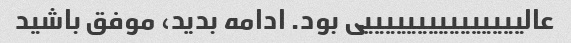
عالیییییییییییییییی بود. ادامه بدید، موفق باشید